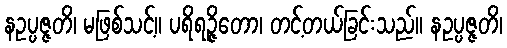
နဥပ္ပဇ္ဇတိ၊ မဖြစ်သင့်။ ပရိရဉ္ဇိတော၊ တင့်တယ်ခြင်းသည်။ နဥပ္ပဇ္ဇတိ၊